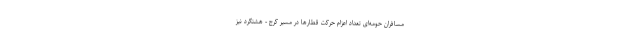
مسافران حومه‌ای تعداد اعزام حرکت قطارها در مسیر کرج - هشتگرد نیز